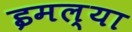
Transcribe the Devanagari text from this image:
इमल्या